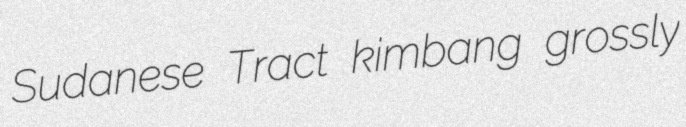
Sudanese Tract kimbang grossly